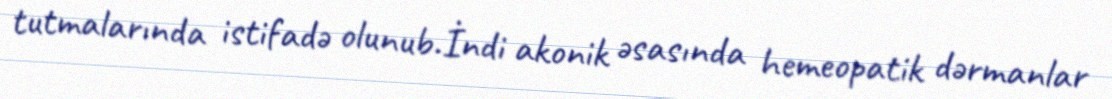
tutmalarında istifadə olunub.İndi akonik əsasında hemeopatik dərmanlar